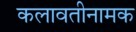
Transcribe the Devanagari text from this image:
कलावतीनामक